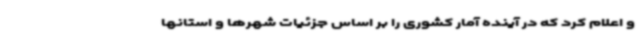
و اعلام کرد که در آینده آمار کشوری را بر اساس جزئیات شهرها و استانها